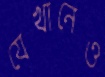
যেখানেও